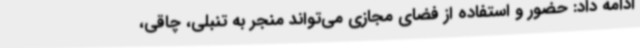
ادامه داد: حضور و استفاده از فضای مجازی می‌تواند منجر به تنبلی، چاقی،